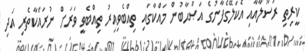
ކީރިތި ރަސޫލާއާއި އެކަލޭގެފާނުގެ އަޞްޙާބުން މައްކާގައި ތިއްބެވިއިރު ތިއްބެވީ ވަރަށް ނުރައްކާތެރި އަދި